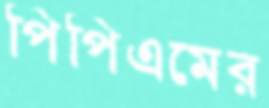
পিপিএমের